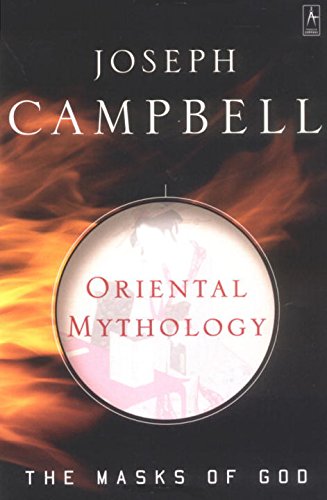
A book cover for Oriental Mythology (The Masks of God); Joseph Campbell; Literature & Fiction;